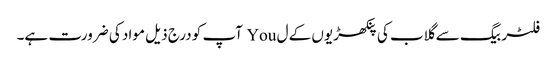
فلٹر بیگ سے گلاب کی پنکھڑیوں کے ل You آپ کو درج ذیل مواد کی ضرورت ہے۔